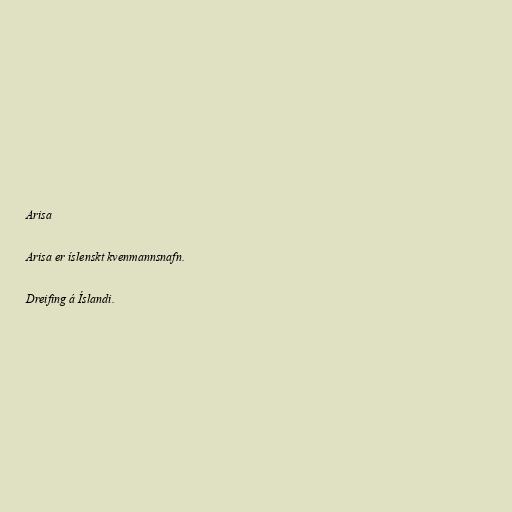
Arisa

Arisa er íslenskt kvenmannsnafn.

Dreifing á Íslandi.